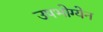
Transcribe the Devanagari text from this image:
उपभोग्येन